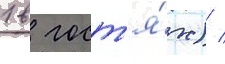
1 в гост'я́х) /